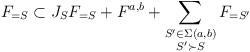
LaTeX: \begin{align*}F_{=S}\subset J_S F_{=S}+F^{a,b}+\sum_{\substack{S'\in \Sigma(a,b)\\S'\succ S}}F_{=S'}\end{align*}